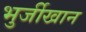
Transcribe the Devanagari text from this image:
भुर्जीखान